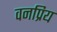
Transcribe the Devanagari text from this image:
वनप्रिय